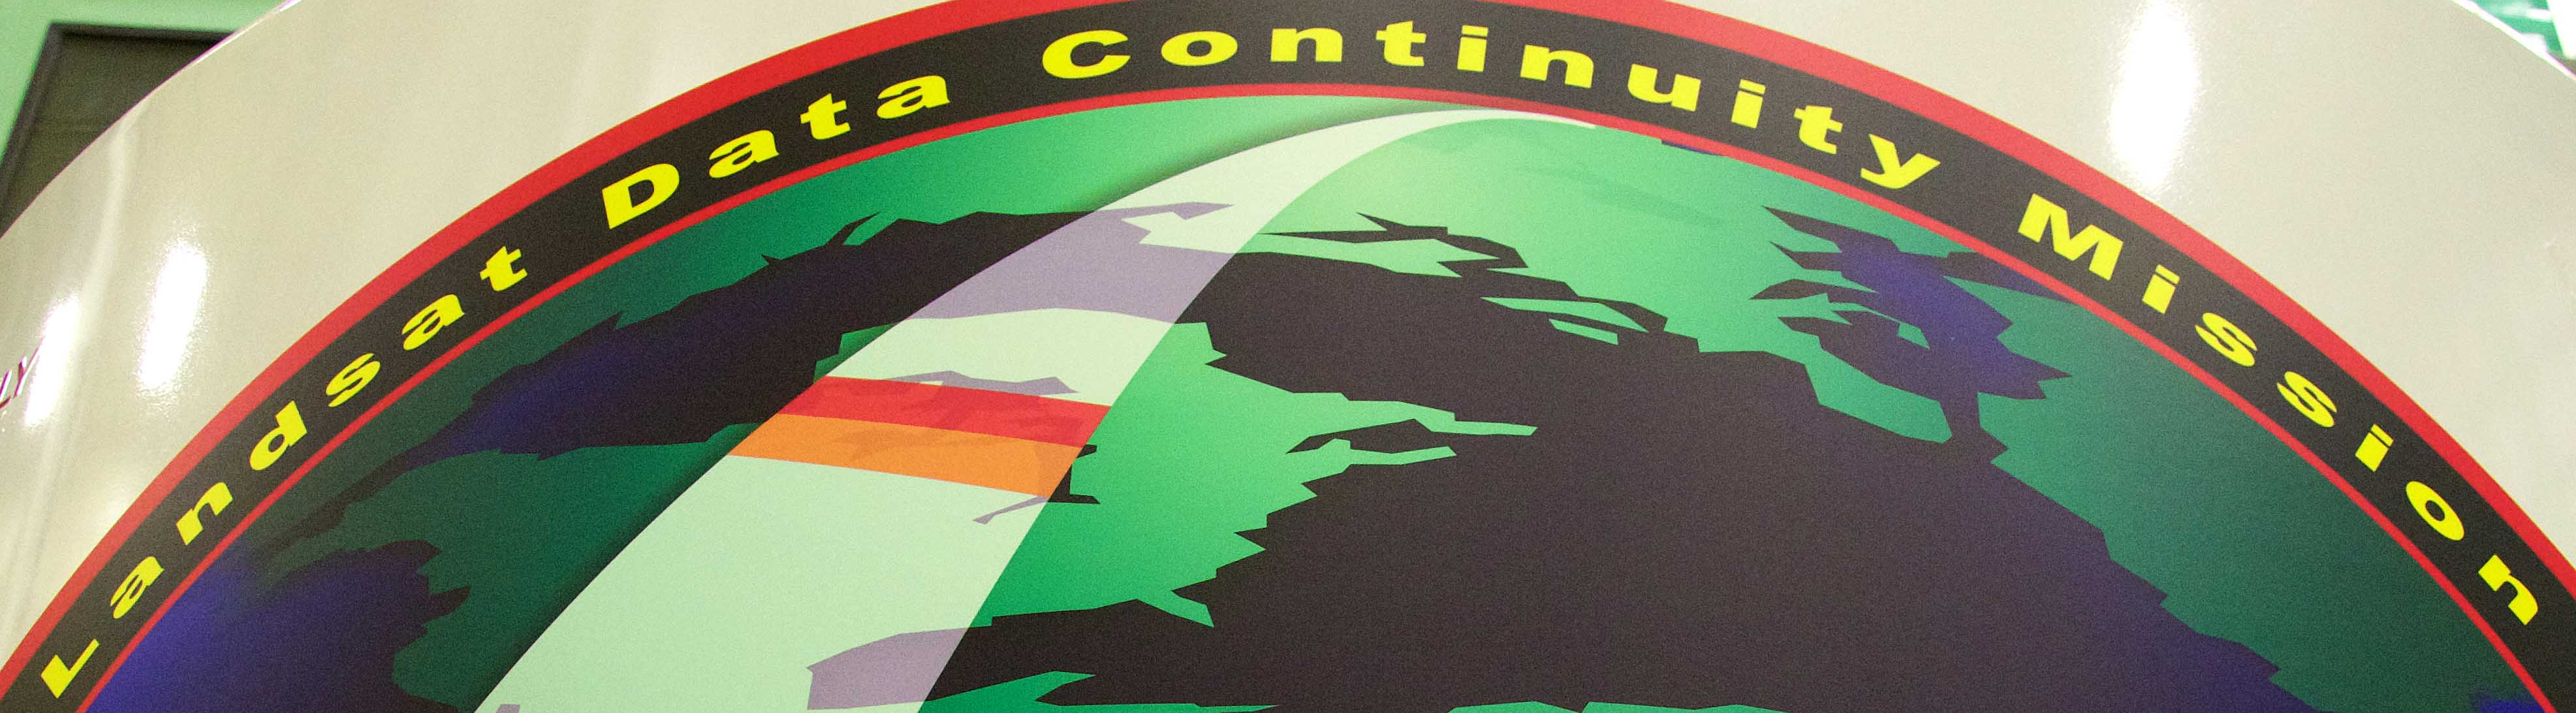
Landsat Data Continuity Mission